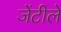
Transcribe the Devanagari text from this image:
जेंटीले